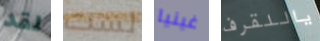
لقد لست غينيا ياللقرف